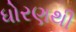
ધોરણથી